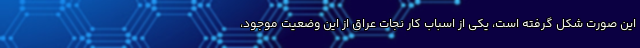
این صورت شکل گرفته است، یکی از اسباب کار نجات عراق از این وضعیت موجود،